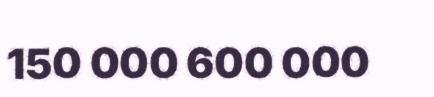
150 000 600 000